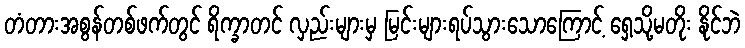
တံတားအစွန်တစ်ဖက်တွင် ရိက္ခာတင် လှည်းများမှ မြင်းများရပ်သွားသောကြောင့် ရှေ့သို့မတိုး နိုင်ဘဲ